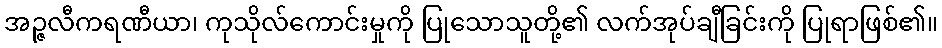
အဉ္ဇလီကရဏီယာ၊ ကုသိုလ်ကောင်းမှုကို ပြုသောသူတို့၏ လက်အုပ်ချီခြင်းကို ပြုရာဖြစ်၏။